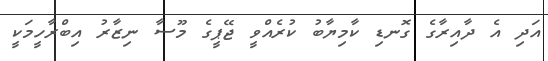
އަދި އެ ދާއިރާގެ ގޮނޑި ކާމިޔާބު ކުރެއްވީ ޖޭޕީގެ މޫސާ ނިޒާރު އިބްރާހީމަކީ